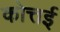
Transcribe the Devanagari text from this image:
कोत्तई